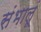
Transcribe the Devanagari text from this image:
संभालूं